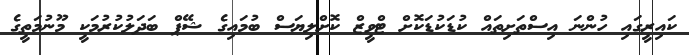
ކައިރީގައި ހުންނަ އިސްތަށިތައް ކުޑަކުޑަކޮށް ޓްވީޒް ކޮށްލިޔަސް ބުމައިގެ ޝޭޕް ބަދަލުކުރުމަކީ މޫނުމަތީގެ